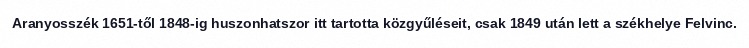
Aranyosszék 1651-től 1848-ig huszonhatszor itt tartotta közgyűléseit, csak 1849 után lett a székhelye Felvinc.